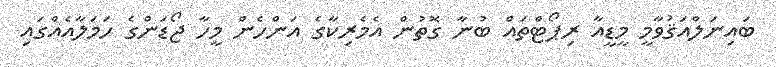
ބައިނަލްއަޤުވާމީ މީޑީއާ ރިޕޯޓްތައް ބުނާ ގޮތުން އެމެރިކާގެ އަންހެން މީހާ ޖޯޑަންގެ ހަމަލާއެއްގައި